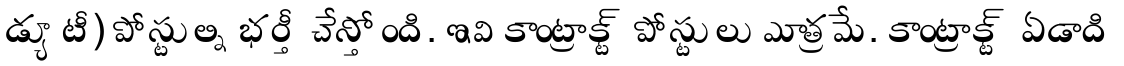
డ్యూటీ) పోస్టుల్ని భర్తీ చేస్తోంది. ఇవి కాంట్రాక్ట్ పోస్టులు మాత్రమే. కాంట్రాక్ట్ ఏడాది